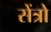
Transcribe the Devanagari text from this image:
सेंत्रो